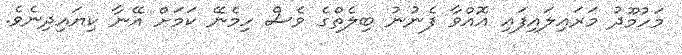
މަހުމޫދު މަރައިލައިފައި އޮއްވާ ފެނުނު ބިލެތްގެ ވެސް ހިމެނޭ ކަމަށް އޭނާ ކިޔައިދިނެވެ.